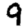
Digit: 9